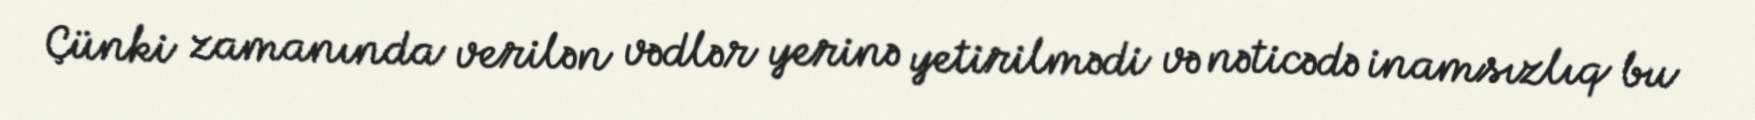
Çünki zamanında verilən vədlər yerinə yetirilmədi və nəticədə inamsızlıq bu